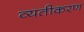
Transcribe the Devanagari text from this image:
व्यतीकरण